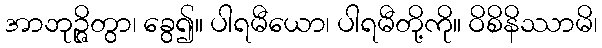
အာဘုဉ္ဇိတွာ၊ ခွေ၍။ ပါရမီယော၊ ပါရမီတို့ကို။ ဝိစိနိဿာမိ၊